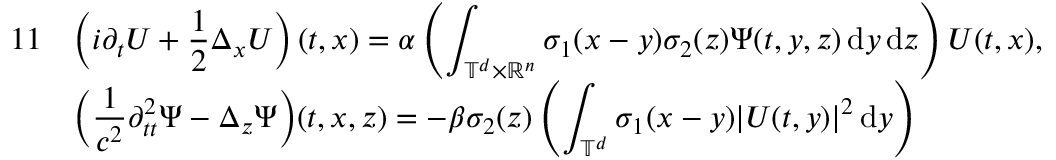
\begin{array} { r l } { { 1 1 } } & { \displaystyle \left( i \partial _ { t } U + \frac 1 2 \Delta _ { x } U \right) ( t , x ) = \alpha \left( \displaystyle \int _ { \mathbb T ^ { d } \times \mathbb R ^ { n } } \sigma _ { 1 } ( x - y ) \sigma _ { 2 } ( z ) \Psi ( t , y , z ) \, { \mathrm { d } } y \, { \mathrm { d } } z \right) U ( t , x ) , } \\ & { \Big ( \displaystyle \frac 1 { c ^ { 2 } } \partial _ { t t } ^ { 2 } \Psi - \Delta _ { z } \Psi \Big ) ( t , x , z ) = - \beta \sigma _ { 2 } ( z ) \left( \displaystyle \int _ { \mathbb T ^ { d } } \sigma _ { 1 } ( x - y ) | U ( t , y ) | ^ { 2 } \, { \mathrm { d } } y \right) } \end{array}